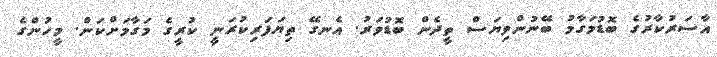
އާސަރުކާރުގެ ބޮޑުމަގާމު ބޭނުންވިޔަސް ތީދެން ބޮޑުވަރު. އެނގޭ ތިޔަފަރިކުރަނީ ކުރީގެ މަގާމަށްކަން. މީހުންގެ